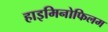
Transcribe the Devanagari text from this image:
हाइमिनोफिलम